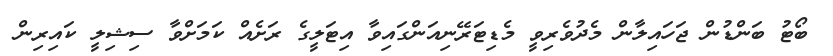
ބޯޓު ބަންޑުން ޖަހައިލާން މެދުވެރިވީ މެޑިޓަރޭނިއަންގައިވާ އިޓަލީގެ ރަށެއް ކަމަށްވާ ސިޝިލީ ކައިރިން